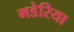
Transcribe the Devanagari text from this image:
मडेरिया